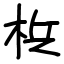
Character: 梹